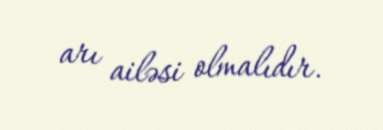
arı ailəsi olmalıdır.